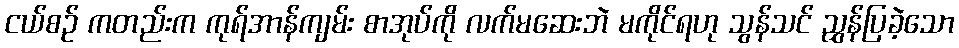
ငယ်စဉ် ကတည်းက ကုရ်အာန်ကျမ်း စာအုပ်ကို လက်မဆေးဘဲ မကိုင်ရဟု သွန်သင် ညွှန်ပြခဲ့သော